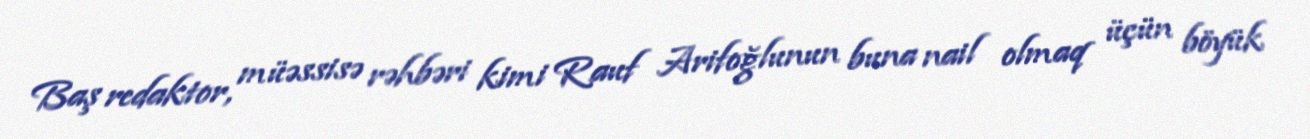
Baş redaktor, müəssisə rəhbəri kimi Rauf Arifoğlunun buna nail olmaq üçün böyük